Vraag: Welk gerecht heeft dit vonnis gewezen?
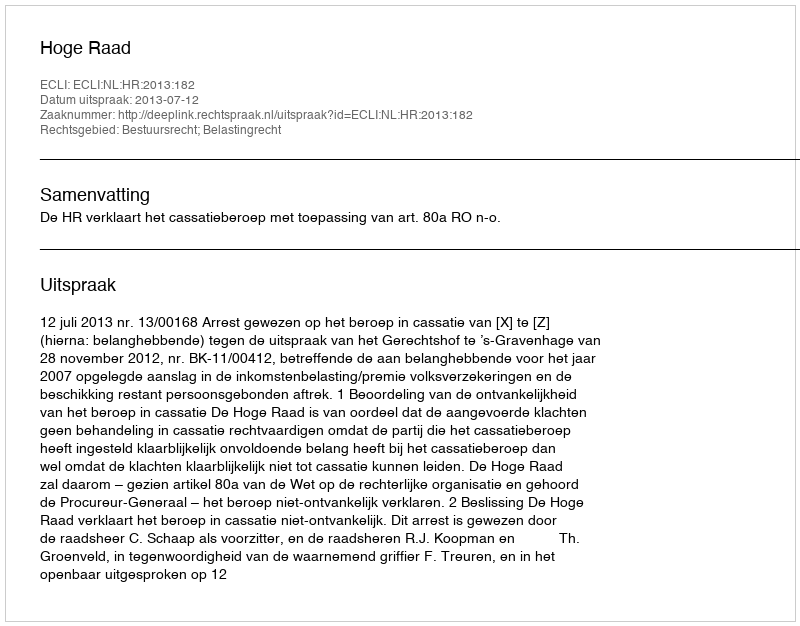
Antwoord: Hoge Raad